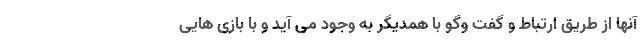
آنها از طریق ارتباط و گفت وگو با همدیگر به وجود می آید و با بازی هایی